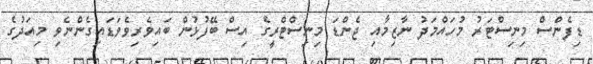
ޑިފެންސް މިނިސްޓަރު މުހައްމަދު ނާޒިމާއި ޖެންޑަ މިނިސްޓްރީގެ އިސް ބޭފުޅުން ބައިވެރިވެވަޑައިގެންނެވި މިއަދުގެ